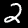
Label: 2